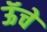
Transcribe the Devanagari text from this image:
ऊॅचे